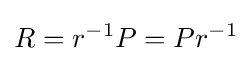
R=r^{-1}P=Pr^{-1}